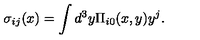
\sigma _ { i j } ( x ) = \int d ^ { 3 } y \Pi _ { i 0 } ( x , y ) y ^ { j } .